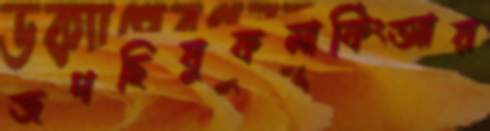
জপছিবুকমার্কিংআর